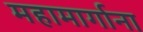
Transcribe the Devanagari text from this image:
महामार्गाना